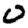
Digit: 0